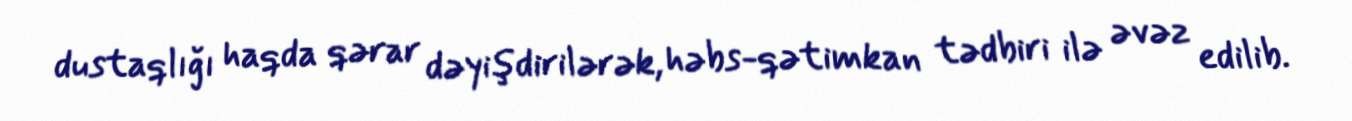
dustaqlığı haqda qərar dəyişdirilərək, həbs-qətimkan tədbiri ilə əvəz edilib.